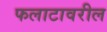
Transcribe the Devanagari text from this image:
फलाटावरील